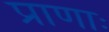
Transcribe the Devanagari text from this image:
प्राणाः